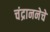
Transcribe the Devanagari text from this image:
चंद्राननेचे